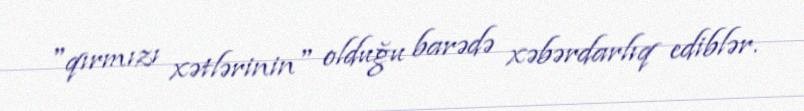
"qırmızı xətlərinin" olduğu barədə xəbərdarlıq ediblər.